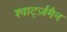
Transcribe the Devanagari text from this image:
श्वार्ट्ज़मैन